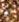
كل